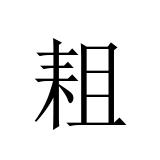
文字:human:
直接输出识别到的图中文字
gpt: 耝